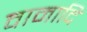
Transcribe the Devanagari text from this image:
वामादि